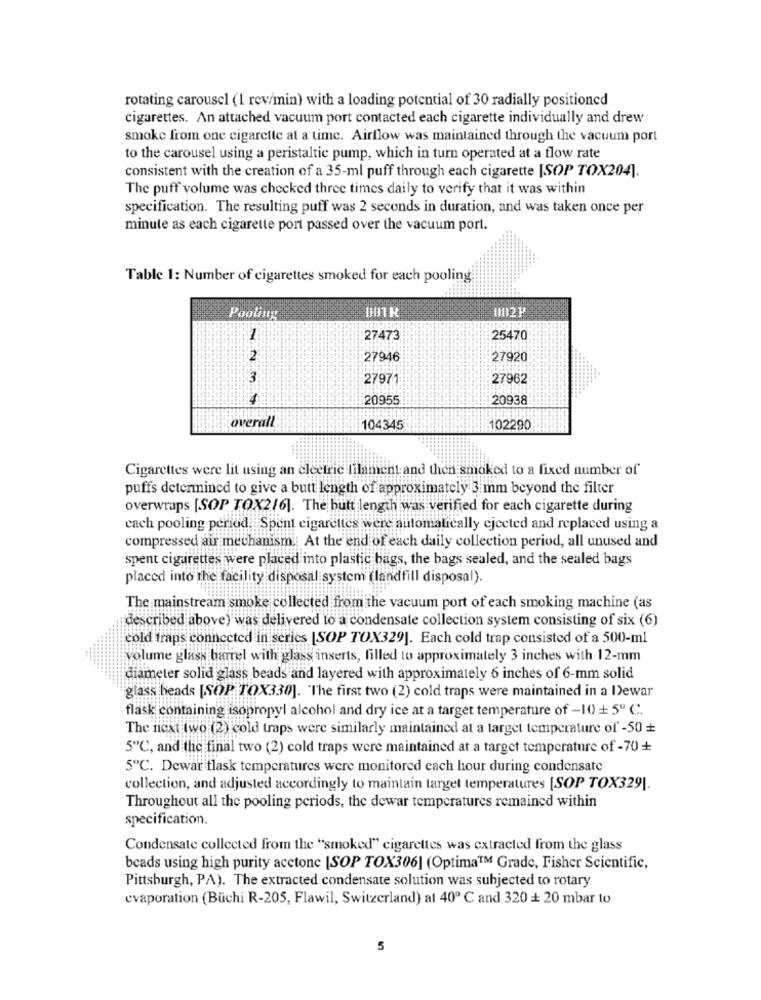
rotating carousel (l rev/min) with a loading potential of 30 radially positioned
cigarettes. An attached vacuum port contacted each cigarette individually and drew
smoke from one cigarette at a time. Airflow was maintained through the vacuum port
to the carousel using a peristaltie pump, which in turn operated at a flow rate
consistent with the creation of a 35-ml puff through each cigarette [SOP TOX204).
The puff volume was checked three times daily to verify that it was within
specification. The resulting puff was 2 seconds in duration, and was taken once per
minute as each cigarette port passed over the vacuum port.
Table 1: Number of cigarettes smoked for each pooling
Pooling
27473
25470
27946
27920
3
27971
27962
20955
20938
overall
104345
102290
Cigarettes were lit using an electric filament and then smoked to a fixed number of'
puffs determined to give a butt length of approximately 3 mm beyond the filter
overwraps [SOP TOX2/6]. The hutt length was verified for each cigarette during
cach pooling period. Spent cigarettes were automatically ejected and replaced using a
compressed air mechanism. At the end of each daily collection period, all unused and
spent cigarettes were placed into plastic bags, the bags sealed, and the sealed bags
placed into the facility disposal system (landfill disposal).
The mainstream smoke collected from the vacuum port of each smoking machine (as
described above) was delivered to a condensate collection system consisting of six (6)
cold fraps connected in series [SOP TOX329]. Each cold trap consisted of a 500-ml
volume glass barrel with glass inserts, filled to approximately 3 inches with 12-mm
diameter solid glass beads and layered with approximately 6 inches of 6-mm solid
glass beads [SOP TOX330]. The first two (2) cold traps were maintained in a Dewar
flask containing isopropyl alcohol and dry ice at a target temperature of -10 + 5º C.
The next two (2) cold traps were similarly maintained at a target temperature of' -50 +
5℃, and the final two (2) cold traps were maintained at a target temperature of -70 +
5º℃. Dewar flask temperatures were monitored cach hour during condensate
collection, and adjusted accordingly to maintain target temperatures [SOP TOX329].
Throughout all the pooling periods, the dewar temperatures remained within
specification.
Condensate collected from the "smoked" cigarettes was extracted from the glass
beads using high purity acctonc [SOP TOX306] (Optima™ Grade, Fisher Scientific,
Pittsburgh, PA). The extracted condensate solution was subjected to rotary
evaporation (Buchi R-205, Flawil, Switzerland) at 40 ℃ and 320 + 20 mbar to
5